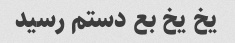
یخ یخ بع دستم رسید